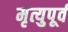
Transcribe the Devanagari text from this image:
मृत्युपूर्व